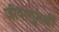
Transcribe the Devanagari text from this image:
जीवाणुभक्षी